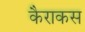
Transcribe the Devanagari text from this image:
कैराकस